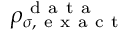
\rho _ { \sigma , \mathrm { ~ e ~ x ~ a ~ c ~ t ~ } } ^ { \mathrm { ~ d ~ a ~ t ~ a ~ } }